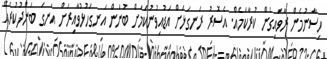
ހިސާނުމެން ރާވައިގެން ކުރާކަމެއް. އެސޮރު ރަނގަޅަށް އަޑުއިވުނުކަމަށް ބުނަން އަނގަހުޅުވާއިރަށް އަނގަ ބަންދުކުރެއޭ